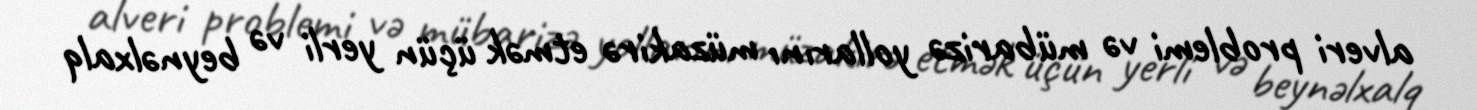
alveri problemi və mübarizə yollarını müzakirə etmək üçün yerli və beynəlxalq